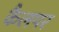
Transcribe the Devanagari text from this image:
कैलपर